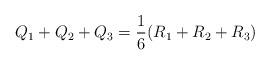
LaTeX: \begin{align*}Q_1+Q_2+Q_3=\frac{1}{6}(R_1+R_2+R_3)\end{align*}